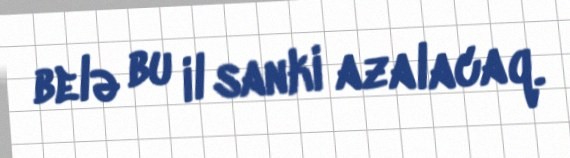
belə bu il sanki azalacaq.